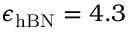
\epsilon _ { \mathrm { h B N } } = 4 . 3